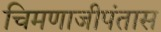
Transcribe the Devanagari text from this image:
चिमणाजीपंतास